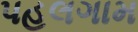
પહલગામ